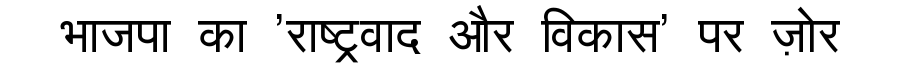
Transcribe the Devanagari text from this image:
भाजपा का 'राष्ट्रवाद और विकास' पर ज़ोर